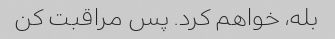
بله، خواهم کرد. پس مراقبت کن